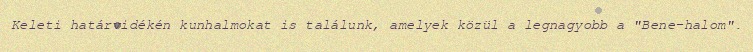
Keleti határvidékén kunhalmokat is találunk, amelyek közül a legnagyobb a "Bene-halom".